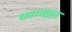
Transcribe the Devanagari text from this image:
काम्यव्रत